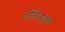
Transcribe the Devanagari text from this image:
जंजिर्‍याचा